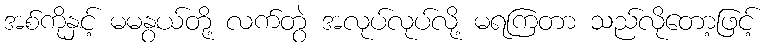
အစ်ကိုနှင့် မမနွယ်တို့ လက်တွဲ အလုပ်လုပ်လို့ မရကြတာ သည်လိုတော့ဖြင့်